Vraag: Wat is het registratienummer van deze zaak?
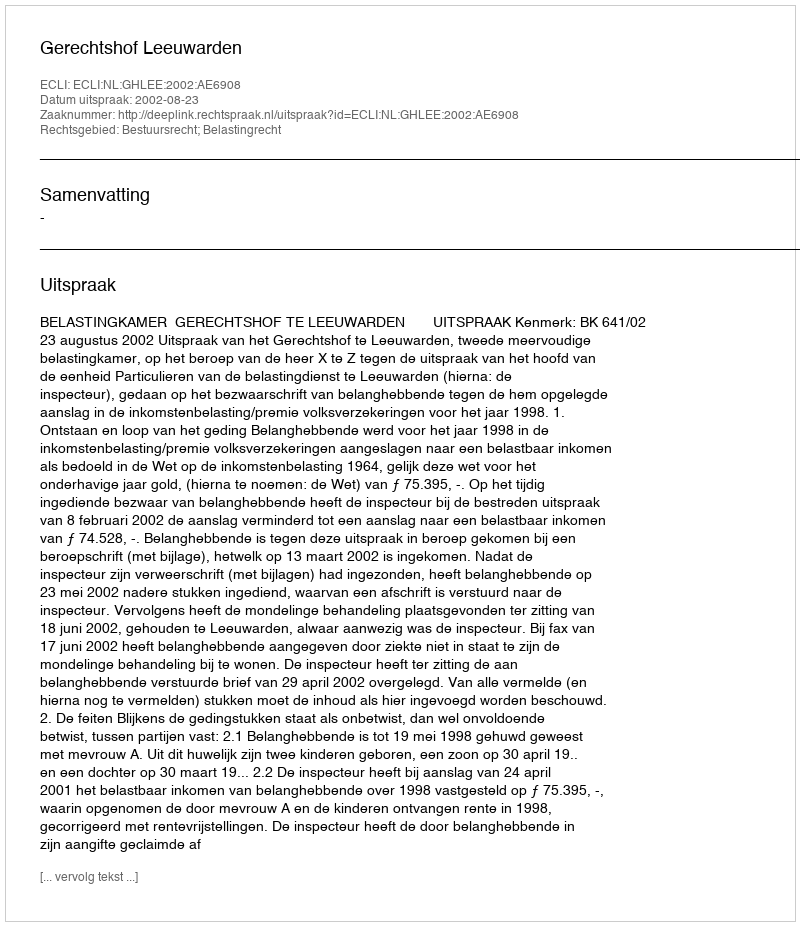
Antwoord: http://deeplink.rechtspraak.nl/uitspraak?id=ECLI:NL:GHLEE:2002:AE6908